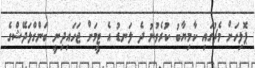
ޕޮލިހަށް މެޗުގައި ކާމިޔާބު ކުރެވުނު ދެ ލަނޑު އެ ޓީމަށް ޖަހައިދިނީ ބަންގްލަދޭޝްގެ